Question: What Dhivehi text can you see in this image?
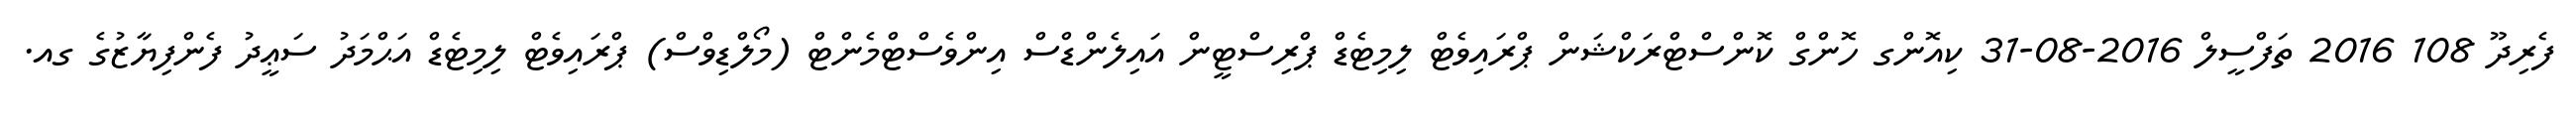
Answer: ފެރިދޫ 108 2016 ތަފްސީލް 2016-08-31 ކިއޮންގ ހޮންގް ކޮންސްޓްރަކްޝަން ޕްރައިވެޓް ލިމިޓެޑް ޕްރިސްޓީން އައިލެންޑްސް އިންވެސްޓްމެންޓް (މޯލްޑިވްސް) ޕްރައިވެޓް ލިމިޓެޑް އަޙްމަދު ސަޢީދު ފެންފިޔާޒުގެ ގއ.